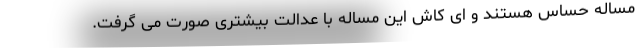
مساله حساس هستند و ای کاش این مساله با عدالت بیشتری صورت می گرفت.